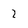
Character: 2